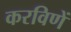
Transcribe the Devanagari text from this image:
करविणें